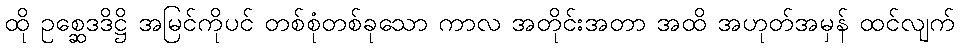
ထို ဥစ္ဆေဒဒိဋ္ဌိ အမြင်ကိုပင် တစ်စုံတစ်ခုသော ကာလ အတိုင်းအတာ အထိ အဟုတ်အမှန် ထင်လျက်